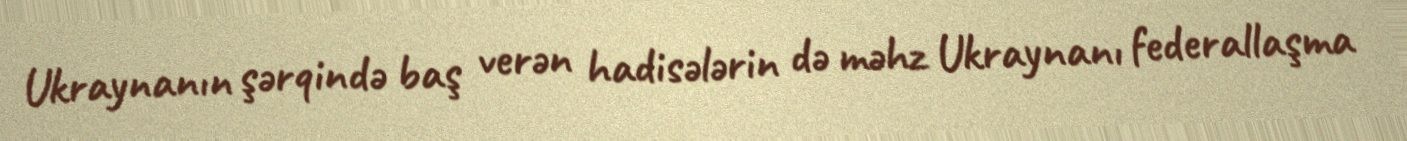
Ukraynanın şərqində baş verən hadisələrin də məhz Ukraynanı federallaşma